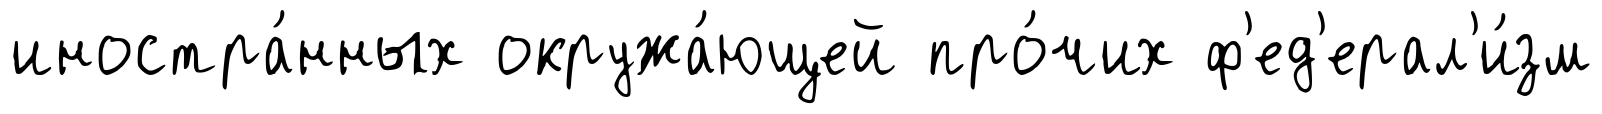
иностра́нных окружа́ющей про́чих ф'ед'ерал'и́зм